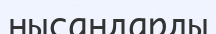
нысандарды